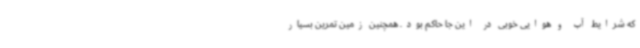
که شرایط آب و هوایی خوبی در این جا حاکم بود. همچنین زمین تمرین بسیار